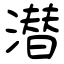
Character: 潜